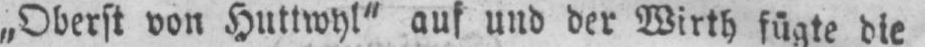
„Oberst von Huttwyl“ auf und der Wirth fügte die